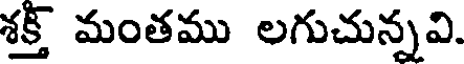
శక్త్ మంతము లగుచున్నవి.